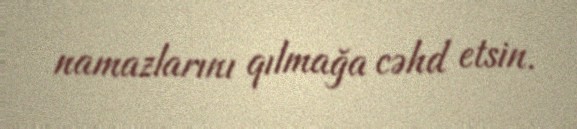
namazlarını qılmağa cəhd etsin.